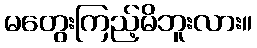
မတွေးကြည့်မိဘူးလား။